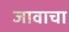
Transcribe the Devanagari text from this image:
जावाचा